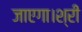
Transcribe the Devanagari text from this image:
जाएगा।श्री